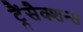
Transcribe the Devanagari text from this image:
ट्रैंसैक्शन्स